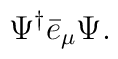
\Psi ^{\dagger }\bar{e}_{\mu }\Psi .